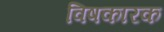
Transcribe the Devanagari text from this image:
विषकारक